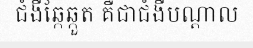
ជំងឺឆ្កែឆ្កួត គឺជាជំងឺបណ្តាល